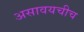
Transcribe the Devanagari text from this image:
असावयचीच